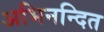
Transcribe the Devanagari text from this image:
अभिनन्दित